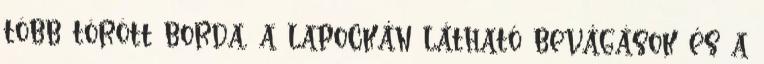
több törött borda, a lapockán látható bevágások és a